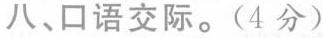
八、口语交际。(4分)